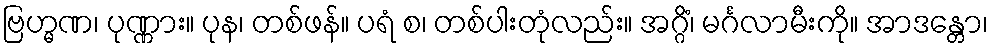
ဗြဟ္မဏ၊ ပုဏ္ဏား။ ပုန၊ တစ်ဖန်။ ပရံ စ၊ တစ်ပါးတုံလည်း။ အဂ္ဂိံ၊ မင်္ဂလာမီးကို။ အာဒန္တော၊